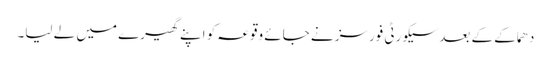
دھماکے کے بعد سیکورٹی فورسز نے جائے وقوعہ کو اپنے گھیرے میں لے لیا۔